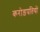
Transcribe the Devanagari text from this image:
करोड़पतियों